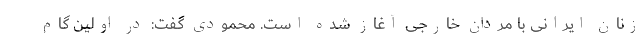
زنان ایرانی با مردان خارجی آغاز شده است. محمودی گفت: در اولین گام